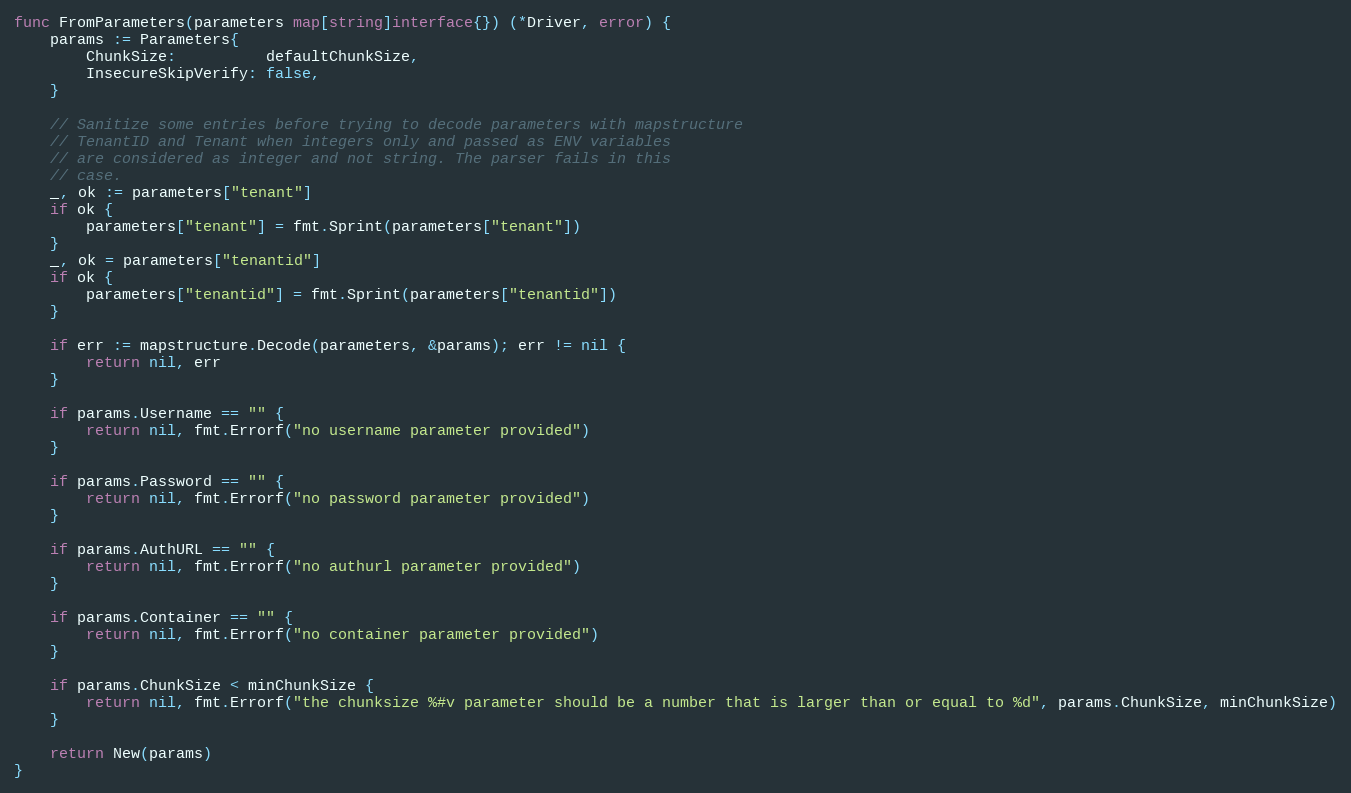
Language: Go
func FromParameters(parameters map[string]interface{}) (*Driver, error) {
	params := Parameters{
		ChunkSize:          defaultChunkSize,
		InsecureSkipVerify: false,
	}

	// Sanitize some entries before trying to decode parameters with mapstructure
	// TenantID and Tenant when integers only and passed as ENV variables
	// are considered as integer and not string. The parser fails in this
	// case.
	_, ok := parameters["tenant"]
	if ok {
		parameters["tenant"] = fmt.Sprint(parameters["tenant"])
	}
	_, ok = parameters["tenantid"]
	if ok {
		parameters["tenantid"] = fmt.Sprint(parameters["tenantid"])
	}

	if err := mapstructure.Decode(parameters, &params); err != nil {
		return nil, err
	}

	if params.Username == "" {
		return nil, fmt.Errorf("no username parameter provided")
	}

	if params.Password == "" {
		return nil, fmt.Errorf("no password parameter provided")
	}

	if params.AuthURL == "" {
		return nil, fmt.Errorf("no authurl parameter provided")
	}

	if params.Container == "" {
		return nil, fmt.Errorf("no container parameter provided")
	}

	if params.ChunkSize < minChunkSize {
		return nil, fmt.Errorf("the chunksize %#v parameter should be a number that is larger than or equal to %d", params.ChunkSize, minChunkSize)
	}

	return New(params)
}